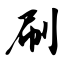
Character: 刷